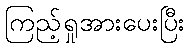
ကြည့်ရှုအားပေးပြီး